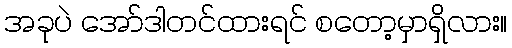
အခုပဲ အော်ဒါတင်ထားရင် စတော့မှာရှိလား။